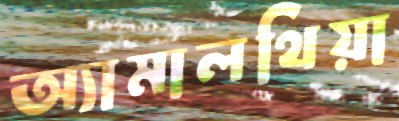
অ্যামালথিয়া